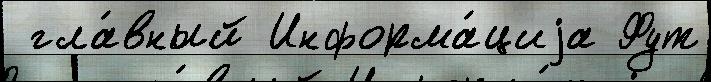
 гла́вный Информа́циjа Фут